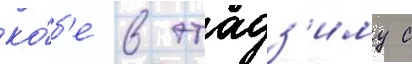
ко́б'е в этадз'иму с